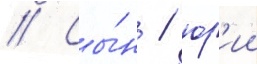
// Сы́н / юр'ии